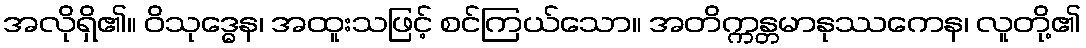
အလိုရှိ၏။ ဝိသုဒ္ဓေန၊ အထူးသဖြင့် စင်ကြယ်သော။ အတိက္ကန္တမာနုဿကေန၊ လူတို့၏